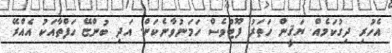
އެހުރި ދިގުކަމެއް. ޔަޤީން ހަތަރު ފޫޓުވެސް ހަމަނުވާނެކަން. އަދި ބުންޏޭ ހަފްތާއަކު އެއްރޭ